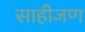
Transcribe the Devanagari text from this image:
साहीजण